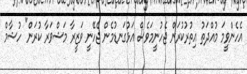
އެހެންވީމަ މުއްދަތު އިތުރުކުރަން ޖެހުނީމަވެސް އަޅުގަނޑުމެން ޖެހޭނީ ވަޒީރާ މަޝްވަރާ ކުރަން" ހުޝާމް